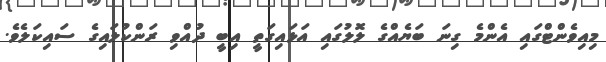
މިއިވެންޓްގައި އެންމެ ގިނަ ބަޔެއްގެ ލޮލުގައި އަޅައިގަތީ އިބީ ދުއްވި ރަންކުލައިގެ ސައިކަލެވެ.